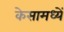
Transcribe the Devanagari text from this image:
केसामध्यें